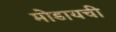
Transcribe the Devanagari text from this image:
मोडायची